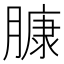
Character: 𰯑